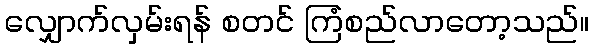
လျှောက်လှမ်းရန် စတင် ကြံစည်လာတော့သည်။